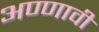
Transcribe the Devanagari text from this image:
अण्णावी